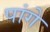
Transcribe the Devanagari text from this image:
पांगे